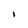
Character: l